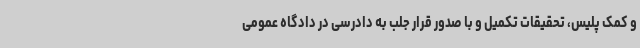
و کمک پلیس، تحقیقات تکمیل و با صدور قرار جلب به دادرسی در دادگاه عمومی